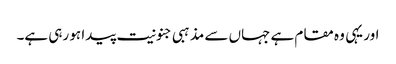
اور یہی وہ مقام ہے جہاں سے مذہبی جنونیت پیدا ہو رہی ہے۔